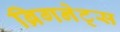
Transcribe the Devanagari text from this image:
ब्रिगनेट्स